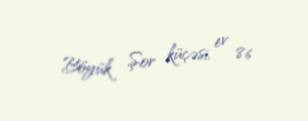
Böyük Şor küçəsi, ev 86